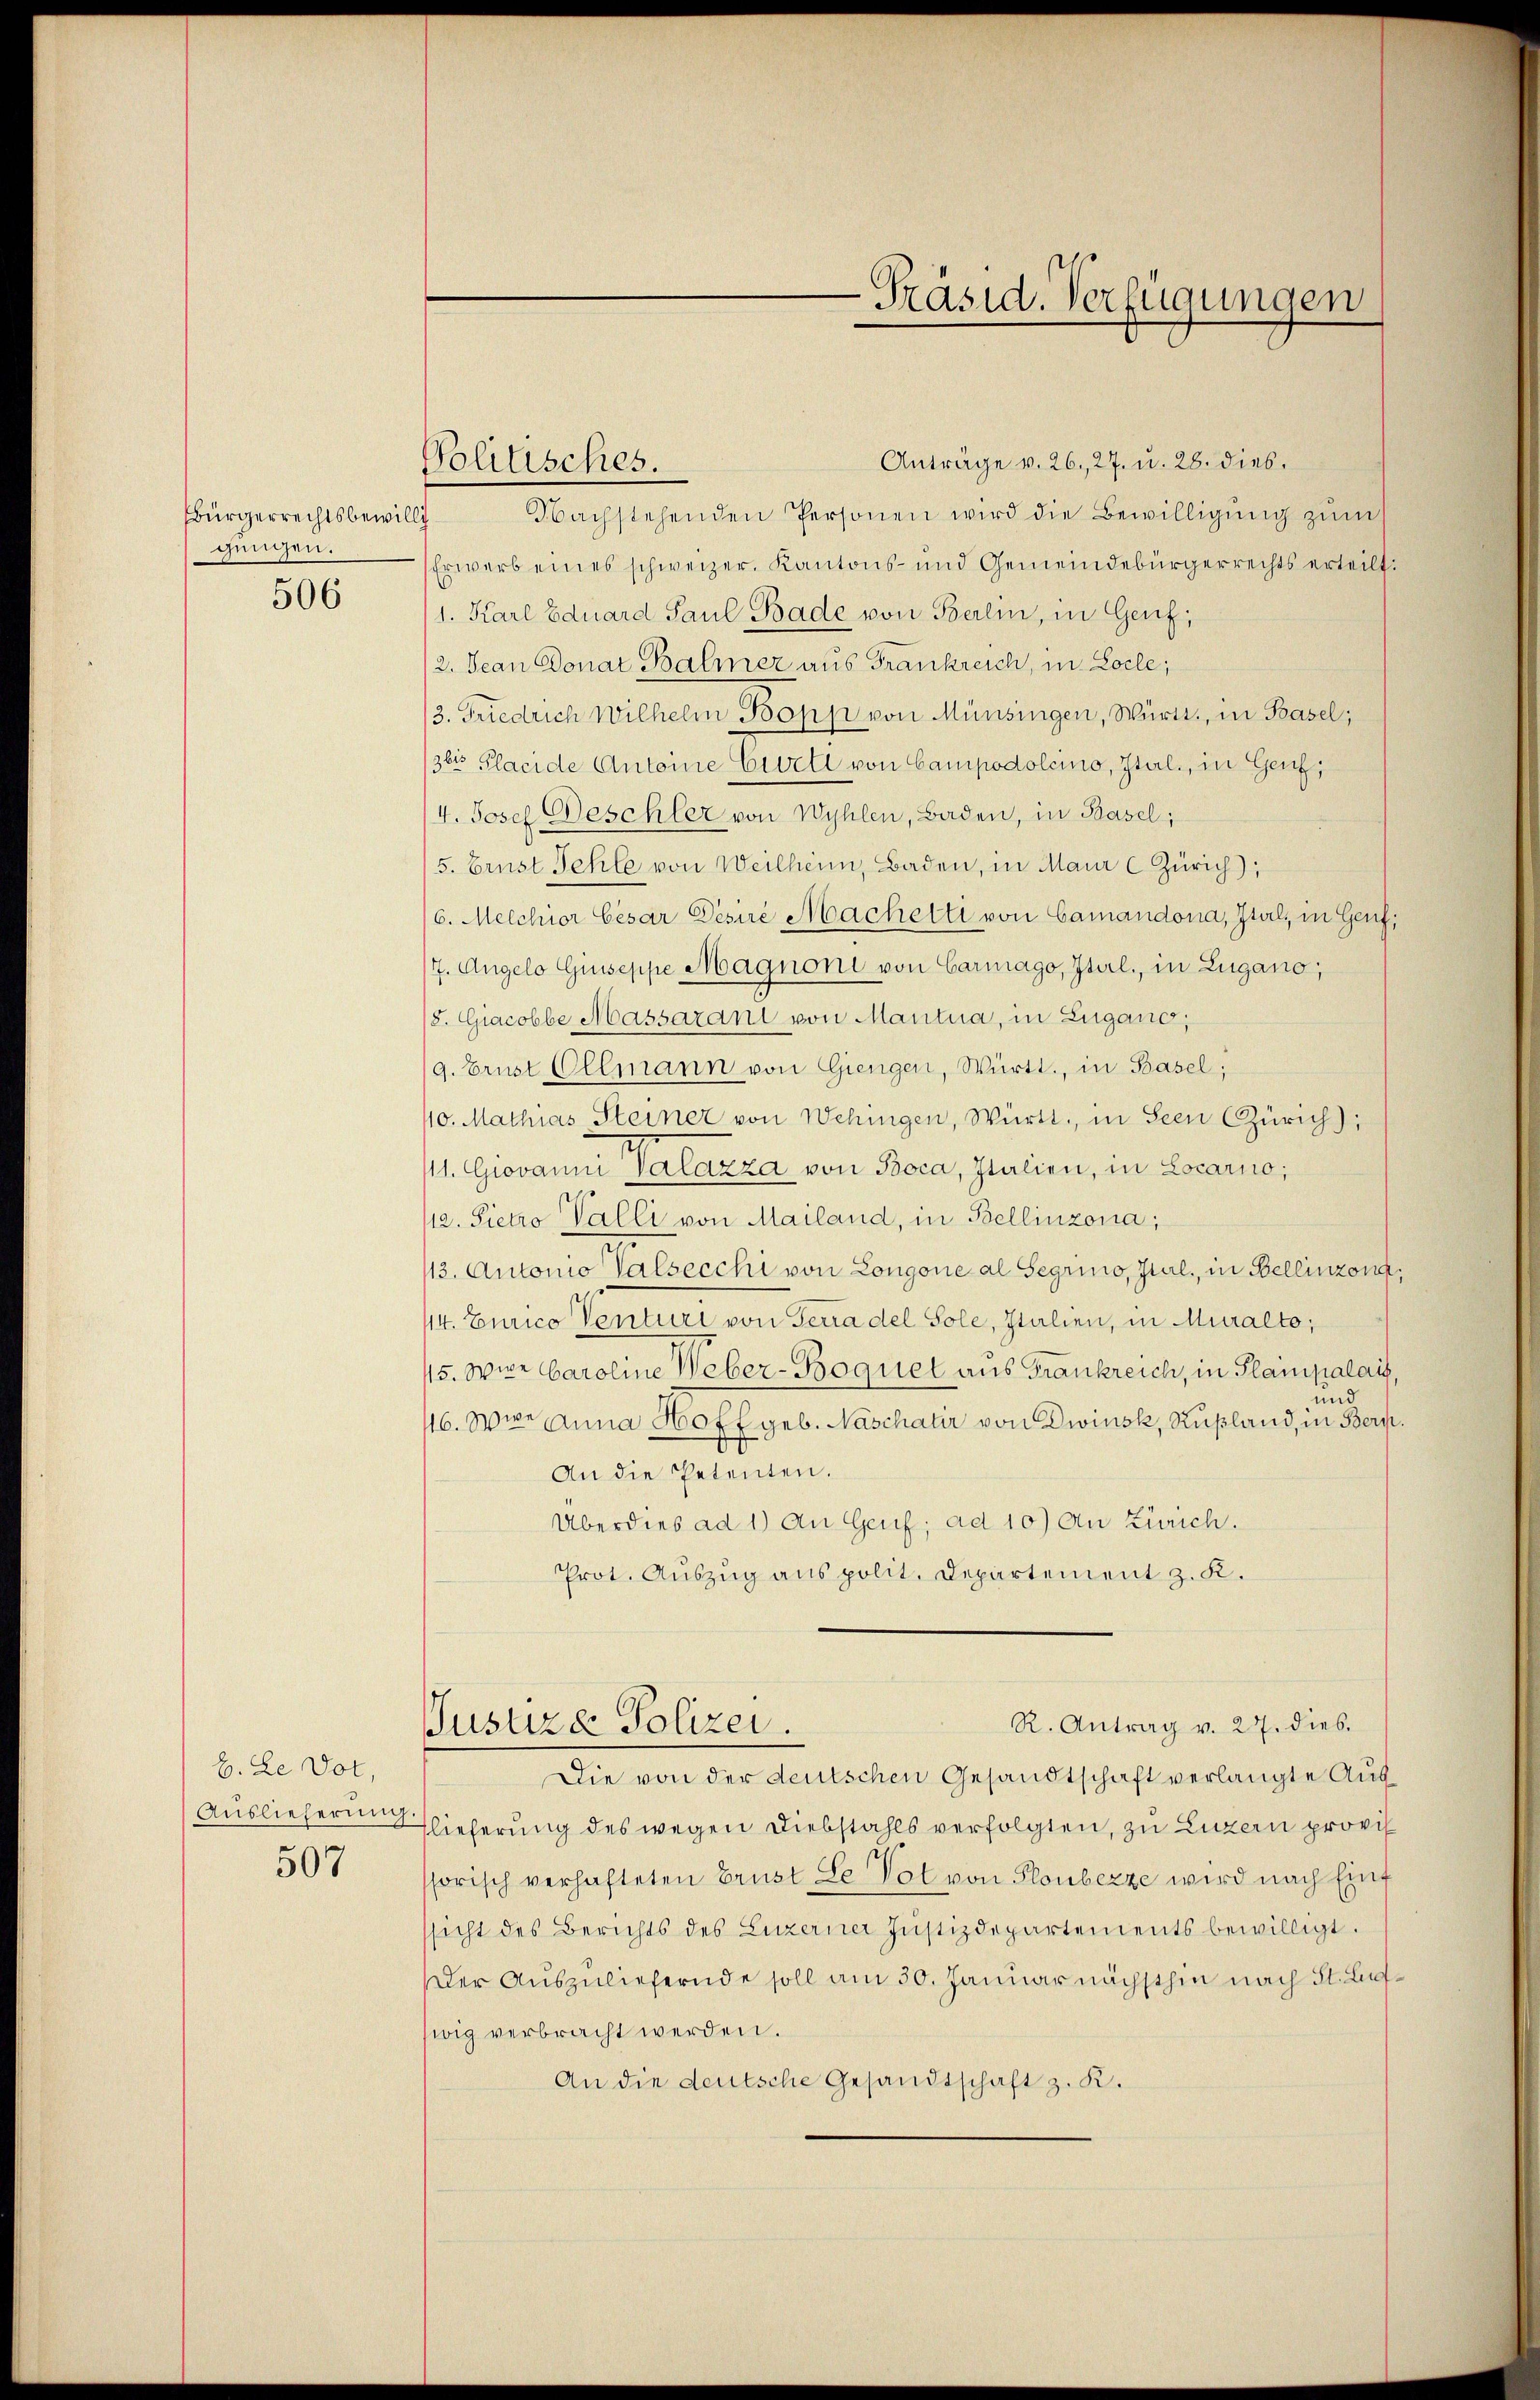
Bürgerrechtsbewill
gungen.
506

b. Le Dot
Auslieferung.
507

Politisches.

-Präsid. Verfügungen

Anträge v. 26, 27. u. 28. dies.
Nachstehenden Personen wird die Bewilligung zum
Erwerb eines schweizer, Kantons- und Gemeindebürgerrechts erteilt.
1. Karl Eduard Paul Bade von Berlin, in Genf,
2. Jean Donat Balmer aus Frankreich, in Locle;
3. Friedrich Wilhelm Bopp von Münsingen, Württ., in Basel;
3bis Placide Antoine Ewetl von Campodolcino, Ital., in Genf;
4. Josef Beschler von Wyhlen, Baden, in Basel;
5. Ernst Fehle von Weilheim, Baden, in Maur C Zürich),
16. Melchior Cesar Desire Machelti von Camandona, Ital, in Genf,
7. Augelo Guseppe Magnoni von Carmago, Iturl., in Zugano,
(8. Giacobbe Massarant von Mantua, in Lugano,
9. Brust Ollmann von Giengen, Württ., in Basel;
110. Mathias Steiner von Wehingen, Württ. in Seen Zürich),
11. Giovanni Valazza von Boca, Italien, in Locarno,
112. Sietro Valli von Mailand, in Bellinzona;
13. Automo Valsecchi von Longone al Segrino, Jul., in Bellinzona,
114. Eurico Venturi von Terra del Sole, Italien, in Muralto,
15. Wien Caroline Weber-Boquel aus Frankreich, in Planpalais,
und
116. Wie Anna H60 fl geb. Naschater von Dwinsk, Rußland, in Bern.
An die Petenten.
Überdies ad 1.) An Genf; ad 10) An Zürich.
Prot. Auszug aus polit. Departement z. K.
R. Antrag v. 27. dies.
Jusuze Polizei.
Die von der deutschen Gesandtschaft verlangte Ausflieferung des wegen Diebstahls verfolgten, zu Luzern provi
ssorisch verhafteten Brust Se Vol von Ploubezze wird nach Eint
sicht des Berichts des Luzerner Justizdepartements bewilligt.
Der Auszuliefernde soll am 30. Januar nächsthin nach St. Laufwig verbracht werden.
An die deutsche Gesandtschaft z. K.